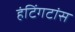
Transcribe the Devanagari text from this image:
हंटिंगटांस